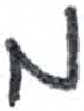
אות: מ